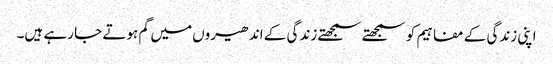
اپنی زندگی کے مفاہیم کو سمجھتے سمجھتے زندگی کے اندھیروں میں گم ہوتے جا رہے ہیں۔